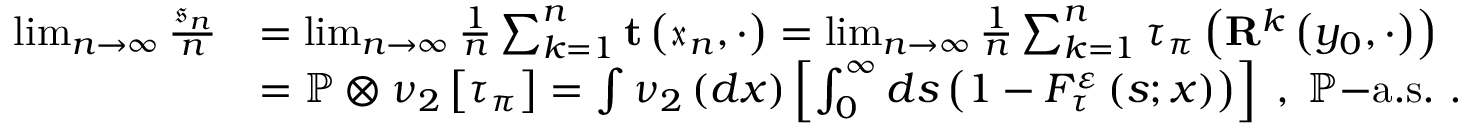
\begin{array} { r l } { \operatorname* { l i m } _ { n \rightarrow \infty } \frac { \mathfrak { s } _ { n } } { n } } & { = \operatorname* { l i m } _ { n \rightarrow \infty } \frac { 1 } { n } \sum _ { k = 1 } ^ { n } \mathbf { t } \left( \mathfrak { x } _ { n } , \cdot \right) = \operatorname* { l i m } _ { n \rightarrow \infty } \frac { 1 } { n } \sum _ { k = 1 } ^ { n } \tau _ { \pi } \left( \mathbf { R } ^ { k } \left( y _ { 0 } , \cdot \right) \right) } \\ & { = \mathbb { P } \otimes \nu _ { 2 } \left[ \tau _ { \pi } \right] = \int \nu _ { 2 } \left( d x \right) \left[ \int _ { 0 } ^ { \infty } d s \left( 1 - F _ { \tau } ^ { \varepsilon } \left( s ; x \right) \right) \right] \; , \; \mathbb { P } \mathrm { - a . s . } \ . } \end{array}